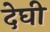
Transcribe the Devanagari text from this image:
देघी